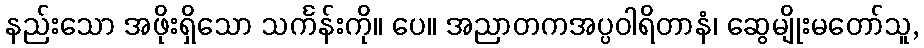
နည်းသော အဖိုးရှိသော သင်္ကန်းကို။ ပေ။ အညာတကအပ္ပဝါရိတာနံ၊ ဆွေမျိုးမတော်သူ,